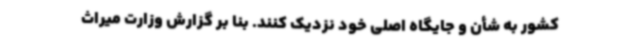
کشور به شأن و جایگاه اصلی خود نزدیک کنند. بنا بر گزارش وزارت میراث